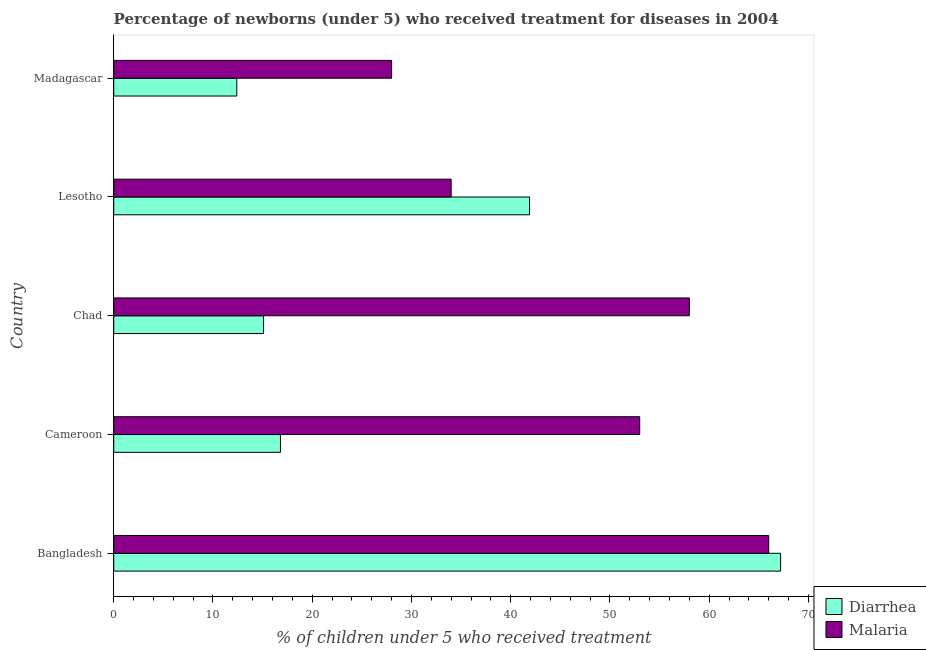
| Country | Diarrhea | Malaria |
 | --- | --- | --- |
 | Bangladesh | 67.2 | 66 |
 | Cameroon | 16.8 | 53 |
 | Chad | 15.1 | 58 |
 | Lesotho | 41.9 | 34 |
 | Madagascar | 12.4 | 28 |